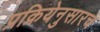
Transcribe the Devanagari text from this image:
प्रक्रियेनुसारच